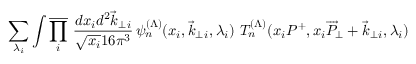
\sum _ { \lambda _ { i } } \int \overline { { { \prod _ { i } } } } \ { \frac { d x _ { i } d ^ { 2 } \vec { k } _ { \perp } { } _ { i } } { \sqrt { x _ { i } } 1 6 \pi ^ { 3 } } } \, \psi _ { n } ^ { ( \Lambda ) } ( x _ { i } , \vec { k } _ { \perp } { } _ { i } , \lambda _ { i } ) \ T _ { n } ^ { ( \Lambda ) } ( x _ { i } P ^ { + } , x _ { i } \overrightarrow P _ { \perp } + \vec { k } _ { \perp } { } _ { i } , \lambda _ { i } )